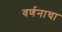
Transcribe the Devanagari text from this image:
वर्णनाचा